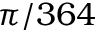
\pi / 3 6 4